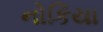
નોકિયા